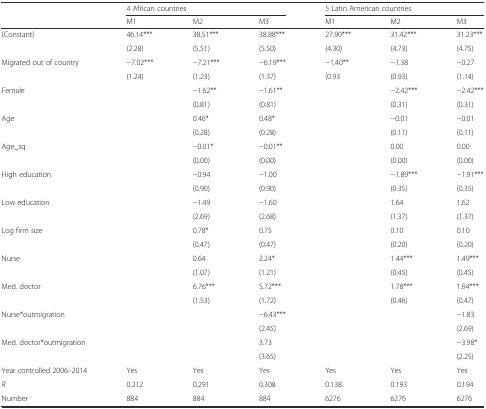
<table><thead><tr><td>[EMPTY_CELL]</td><td colspan="3"><b>4 African countries</b></td><td colspan="3"><b>5 Latin American countries</b></td></tr><tr><td>[EMPTY_CELL]</td><td><b>M1</b></td><td><b>M2</b></td><td><b>M3</b></td><td><b>M1</b></td><td><b>M2</b></td><td><b>M3</b></td></tr></thead><tbody><tr><td>(Constant)</td><td>46.14***</td><td>38.51***</td><td>38.88***</td><td>27.90***</td><td>31.42***</td><td>31.23***</td></tr><tr><td>[EMPTY_CELL]</td><td>(2.28)</td><td>(5.51)</td><td>(5.50)</td><td>(4.30)</td><td>(4.73)</td><td>(4.75)</td></tr><tr><td>Migrated out of country</td><td>−7.02***</td><td>−7.21***</td><td>−6.19***</td><td>−1.40**</td><td>−1.38</td><td>−0.27</td></tr><tr><td>[EMPTY_CELL]</td><td>(1.24)</td><td>(1.23)</td><td>(1.37)</td><td>(0.93</td><td>(0.93)</td><td>(1.14)</td></tr><tr><td>Female</td><td>[EMPTY_CELL]</td><td>−1.62**</td><td>−1.61**</td><td>[EMPTY_CELL]</td><td>−2.42***</td><td>−2.42***</td></tr><tr><td>[EMPTY_CELL]</td><td>[EMPTY_CELL]</td><td>(0.81)</td><td>(0.81)</td><td>[EMPTY_CELL]</td><td>(0.31)</td><td>(0.31)</td></tr><tr><td>Age</td><td>[EMPTY_CELL]</td><td>0.46*</td><td>0.48*</td><td>[EMPTY_CELL]</td><td>−0.01</td><td>−0.01</td></tr><tr><td>[EMPTY_CELL]</td><td>[EMPTY_CELL]</td><td>(0.28)</td><td>(0.28)</td><td>[EMPTY_CELL]</td><td>(0.11)</td><td>(0.11)</td></tr><tr><td>Age_sq</td><td>[EMPTY_CELL]</td><td>−0.01*</td><td>−0.01**</td><td>[EMPTY_CELL]</td><td>0.00</td><td>0.00</td></tr><tr><td>[EMPTY_CELL]</td><td>[EMPTY_CELL]</td><td>(0.00)</td><td>(0.00)</td><td>[EMPTY_CELL]</td><td>(0.00)</td><td>(0.00)</td></tr><tr><td>High education</td><td>[EMPTY_CELL]</td><td>−0.94</td><td>−1.00</td><td>[EMPTY_CELL]</td><td>−1.89***</td><td>−1.91***</td></tr><tr><td>[EMPTY_CELL]</td><td>[EMPTY_CELL]</td><td>(0.90)</td><td>(0.90)</td><td>[EMPTY_CELL]</td><td>(0.35)</td><td>(0.35)</td></tr><tr><td>Low education</td><td>[EMPTY_CELL]</td><td>−1.49</td><td>−1.60</td><td>[EMPTY_CELL]</td><td>1.64</td><td>1.62</td></tr><tr><td>[EMPTY_CELL]</td><td>[EMPTY_CELL]</td><td>(2.69)</td><td>(2.68)</td><td>[EMPTY_CELL]</td><td>(1.37)</td><td>(1.37)</td></tr><tr><td>Log firm size</td><td>[EMPTY_CELL]</td><td>0.78*</td><td>0.75</td><td>[EMPTY_CELL]</td><td>0.10</td><td>0.10</td></tr><tr><td>[EMPTY_CELL]</td><td>[EMPTY_CELL]</td><td>(0.47)</td><td>(0.47)</td><td>[EMPTY_CELL]</td><td>(0.20)</td><td>(0.20)</td></tr><tr><td>Nurse</td><td>[EMPTY_CELL]</td><td>0.64</td><td>2.24*</td><td>[EMPTY_CELL]</td><td>1.44***</td><td>1.49***</td></tr><tr><td>[EMPTY_CELL]</td><td>[EMPTY_CELL]</td><td>(1.07)</td><td>(1.21)</td><td>[EMPTY_CELL]</td><td>(0.45)</td><td>(0.45)</td></tr><tr><td>Med. doctor</td><td>[EMPTY_CELL]</td><td>6.76***</td><td>5.72***</td><td>[EMPTY_CELL]</td><td>1.78***</td><td>1.94***</td></tr><tr><td>[EMPTY_CELL]</td><td>[EMPTY_CELL]</td><td>(1.53)</td><td>(1.72)</td><td>[EMPTY_CELL]</td><td>(0.46)</td><td>(0.47)</td></tr><tr><td>Nurse*outmigration</td><td>[EMPTY_CELL]</td><td>[EMPTY_CELL]</td><td>−6.43***</td><td>[EMPTY_CELL]</td><td>[EMPTY_CELL]</td><td>−1.83</td></tr><tr><td>[EMPTY_CELL]</td><td>[EMPTY_CELL]</td><td>[EMPTY_CELL]</td><td>(2.45)</td><td>[EMPTY_CELL]</td><td>[EMPTY_CELL]</td><td>(2.69)</td></tr><tr><td>Med. doctor*outmigration</td><td>[EMPTY_CELL]</td><td>[EMPTY_CELL]</td><td>3.73</td><td>[EMPTY_CELL]</td><td>[EMPTY_CELL]</td><td>−3.98*</td></tr><tr><td>[EMPTY_CELL]</td><td>[EMPTY_CELL]</td><td>[EMPTY_CELL]</td><td>(3.65)</td><td>[EMPTY_CELL]</td><td>[EMPTY_CELL]</td><td>(2.25)</td></tr><tr><td>Year controlled 2006–2014</td><td>Yes</td><td>Yes</td><td>Yes</td><td>Yes</td><td>Yes</td><td>Yes</td></tr><tr><td><i>R</i></td><td>0.212</td><td>0.291</td><td>0.308</td><td>0.138</td><td>0.193</td><td>0.194</td></tr><tr><td>Number</td><td>884</td><td>884</td><td>884</td><td>6276</td><td>6276</td><td>6276</td></tr></tbody></table>